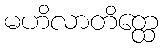
မဟိလာတိတ္ထေ